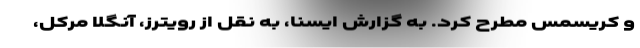
و کریسمس مطرح کرد. به گزارش ایسنا،‌ به نقل از رویترز، آنگلا مرکل،